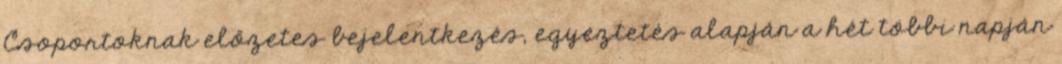
Csoportoknak előzetes bejelentkezés, egyeztetés alapján a hét többi napján